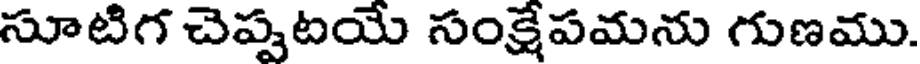
సూటిగ చెప్పటయే సంక్షేపమను గుణము.